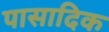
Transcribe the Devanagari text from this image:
पासादिक